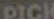
PICK